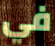
في